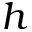
h